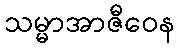
သမ္မာအာဇီဝေန